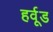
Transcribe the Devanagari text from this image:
हर्वूड